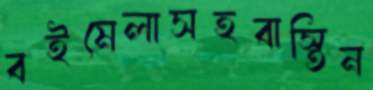
বইমেলাসহবাস্তিন